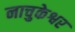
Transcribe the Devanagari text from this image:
नाचुकेश्वर